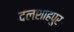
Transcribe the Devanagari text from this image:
दलशाहपुर